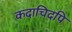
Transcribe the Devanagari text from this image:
कदाचिदपि